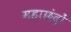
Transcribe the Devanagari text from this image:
महाछंदों